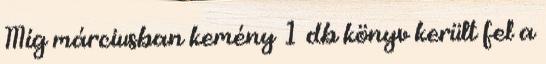
Míg márciusban kemény 1 db könyv került fel a